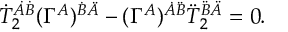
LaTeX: \dot { T } _ { 2 } ^ { \dot { A } \dot { B } } ( \Gamma ^ { A } ) ^ { \dot { B } \ddot { A } } - ( \Gamma ^ { A } ) ^ { \dot { A } \ddot { B } } \ddot { T } _ { 2 } ^ { \ddot { B } \ddot { A } } = 0 .